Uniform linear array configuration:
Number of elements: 48
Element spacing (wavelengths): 0.75
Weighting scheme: exponential
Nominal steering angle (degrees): -45
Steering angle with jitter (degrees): -43.645
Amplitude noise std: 0.05
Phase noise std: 0.05

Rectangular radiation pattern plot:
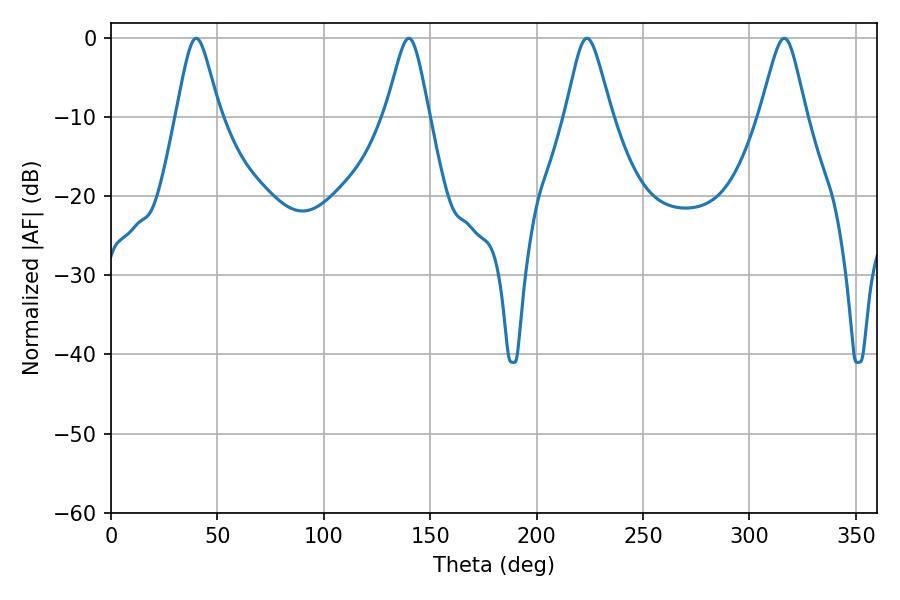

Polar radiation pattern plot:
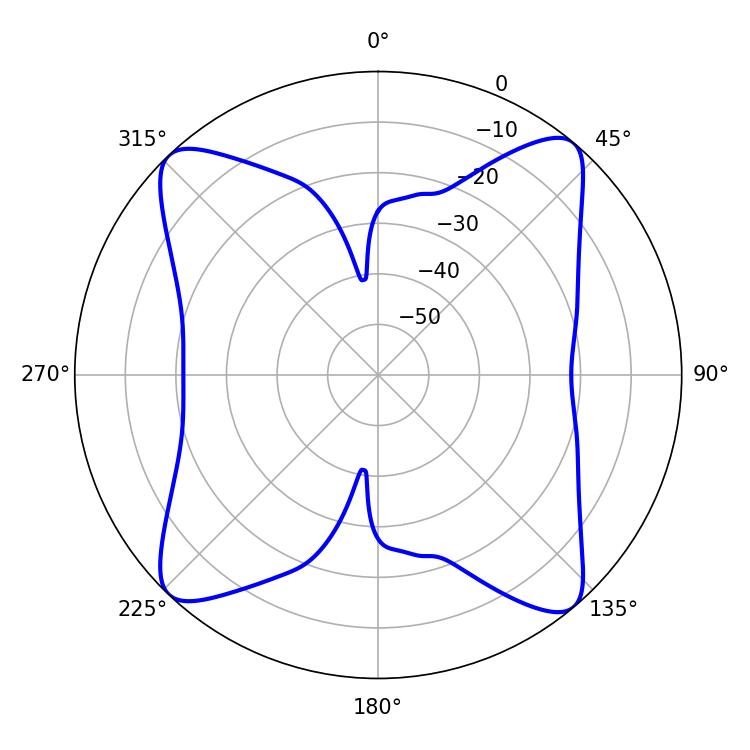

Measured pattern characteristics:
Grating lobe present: TRUE
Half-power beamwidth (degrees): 10.26
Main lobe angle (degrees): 223.56